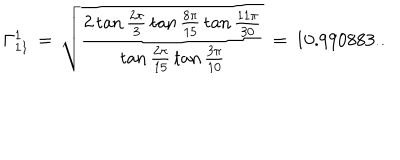
\Gamma _ { 1 1 } ^ { 1 } \, = \, \sqrt { \frac { 2 \tan \frac { 2 \pi } { 3 } \, \tan \frac { 8 \pi } { 1 5 } \, \tan \frac { 1 1 \pi } { 3 0 } } { \tan \frac { 2 \pi } { 1 5 } \, \tan \frac { 3 \pi } { 1 0 } } } \, = \, 1 0 . 9 9 0 8 8 3 . .